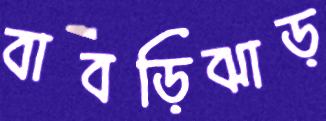
বাবড়িঝাড়